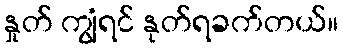
နှုတ် ကျွံရင် နုတ်ရခက်တယ်။